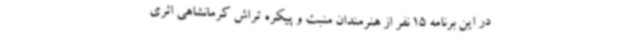
در این برنامه 15 نفر از هنرمندان منبت و پیکره تراش کرمانشاهی اثری